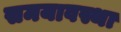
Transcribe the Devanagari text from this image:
समयावस्था